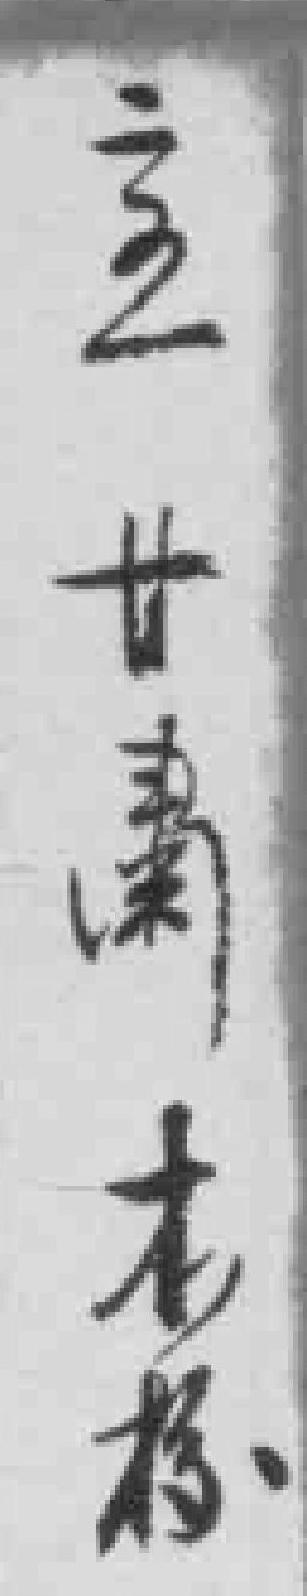
二五甘肅本校